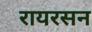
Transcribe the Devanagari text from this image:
रायरसन